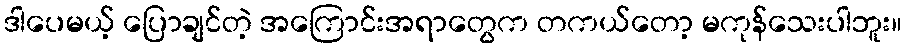
ဒါပေမယ့် ပြောချင်တဲ့ အကြောင်းအရာတွေက တကယ်တော့ မကုန်သေးပါဘူး။